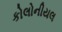
કોલોનીયલ